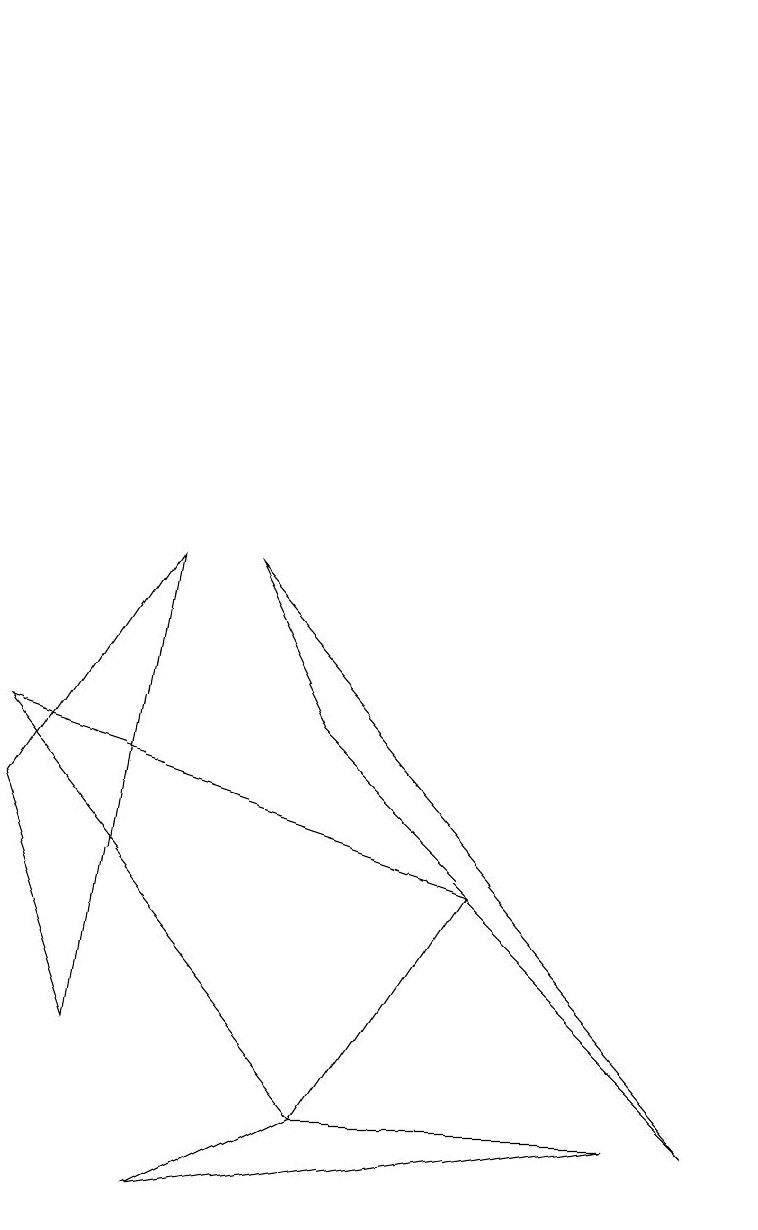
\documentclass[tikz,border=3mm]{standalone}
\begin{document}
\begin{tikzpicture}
\draw (1,2) -- (2,8) -- (0,5) -- cycle;
\draw (6,4) -- (4,1) -- (0,6) -- cycle;
\draw (9,1) -- (4,6) -- (3,8) -- cycle;
\draw (4,1) -- (8,1) -- (2,0) -- cycle;
\draw[->] (9,15) -- (9,12);
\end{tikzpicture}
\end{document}